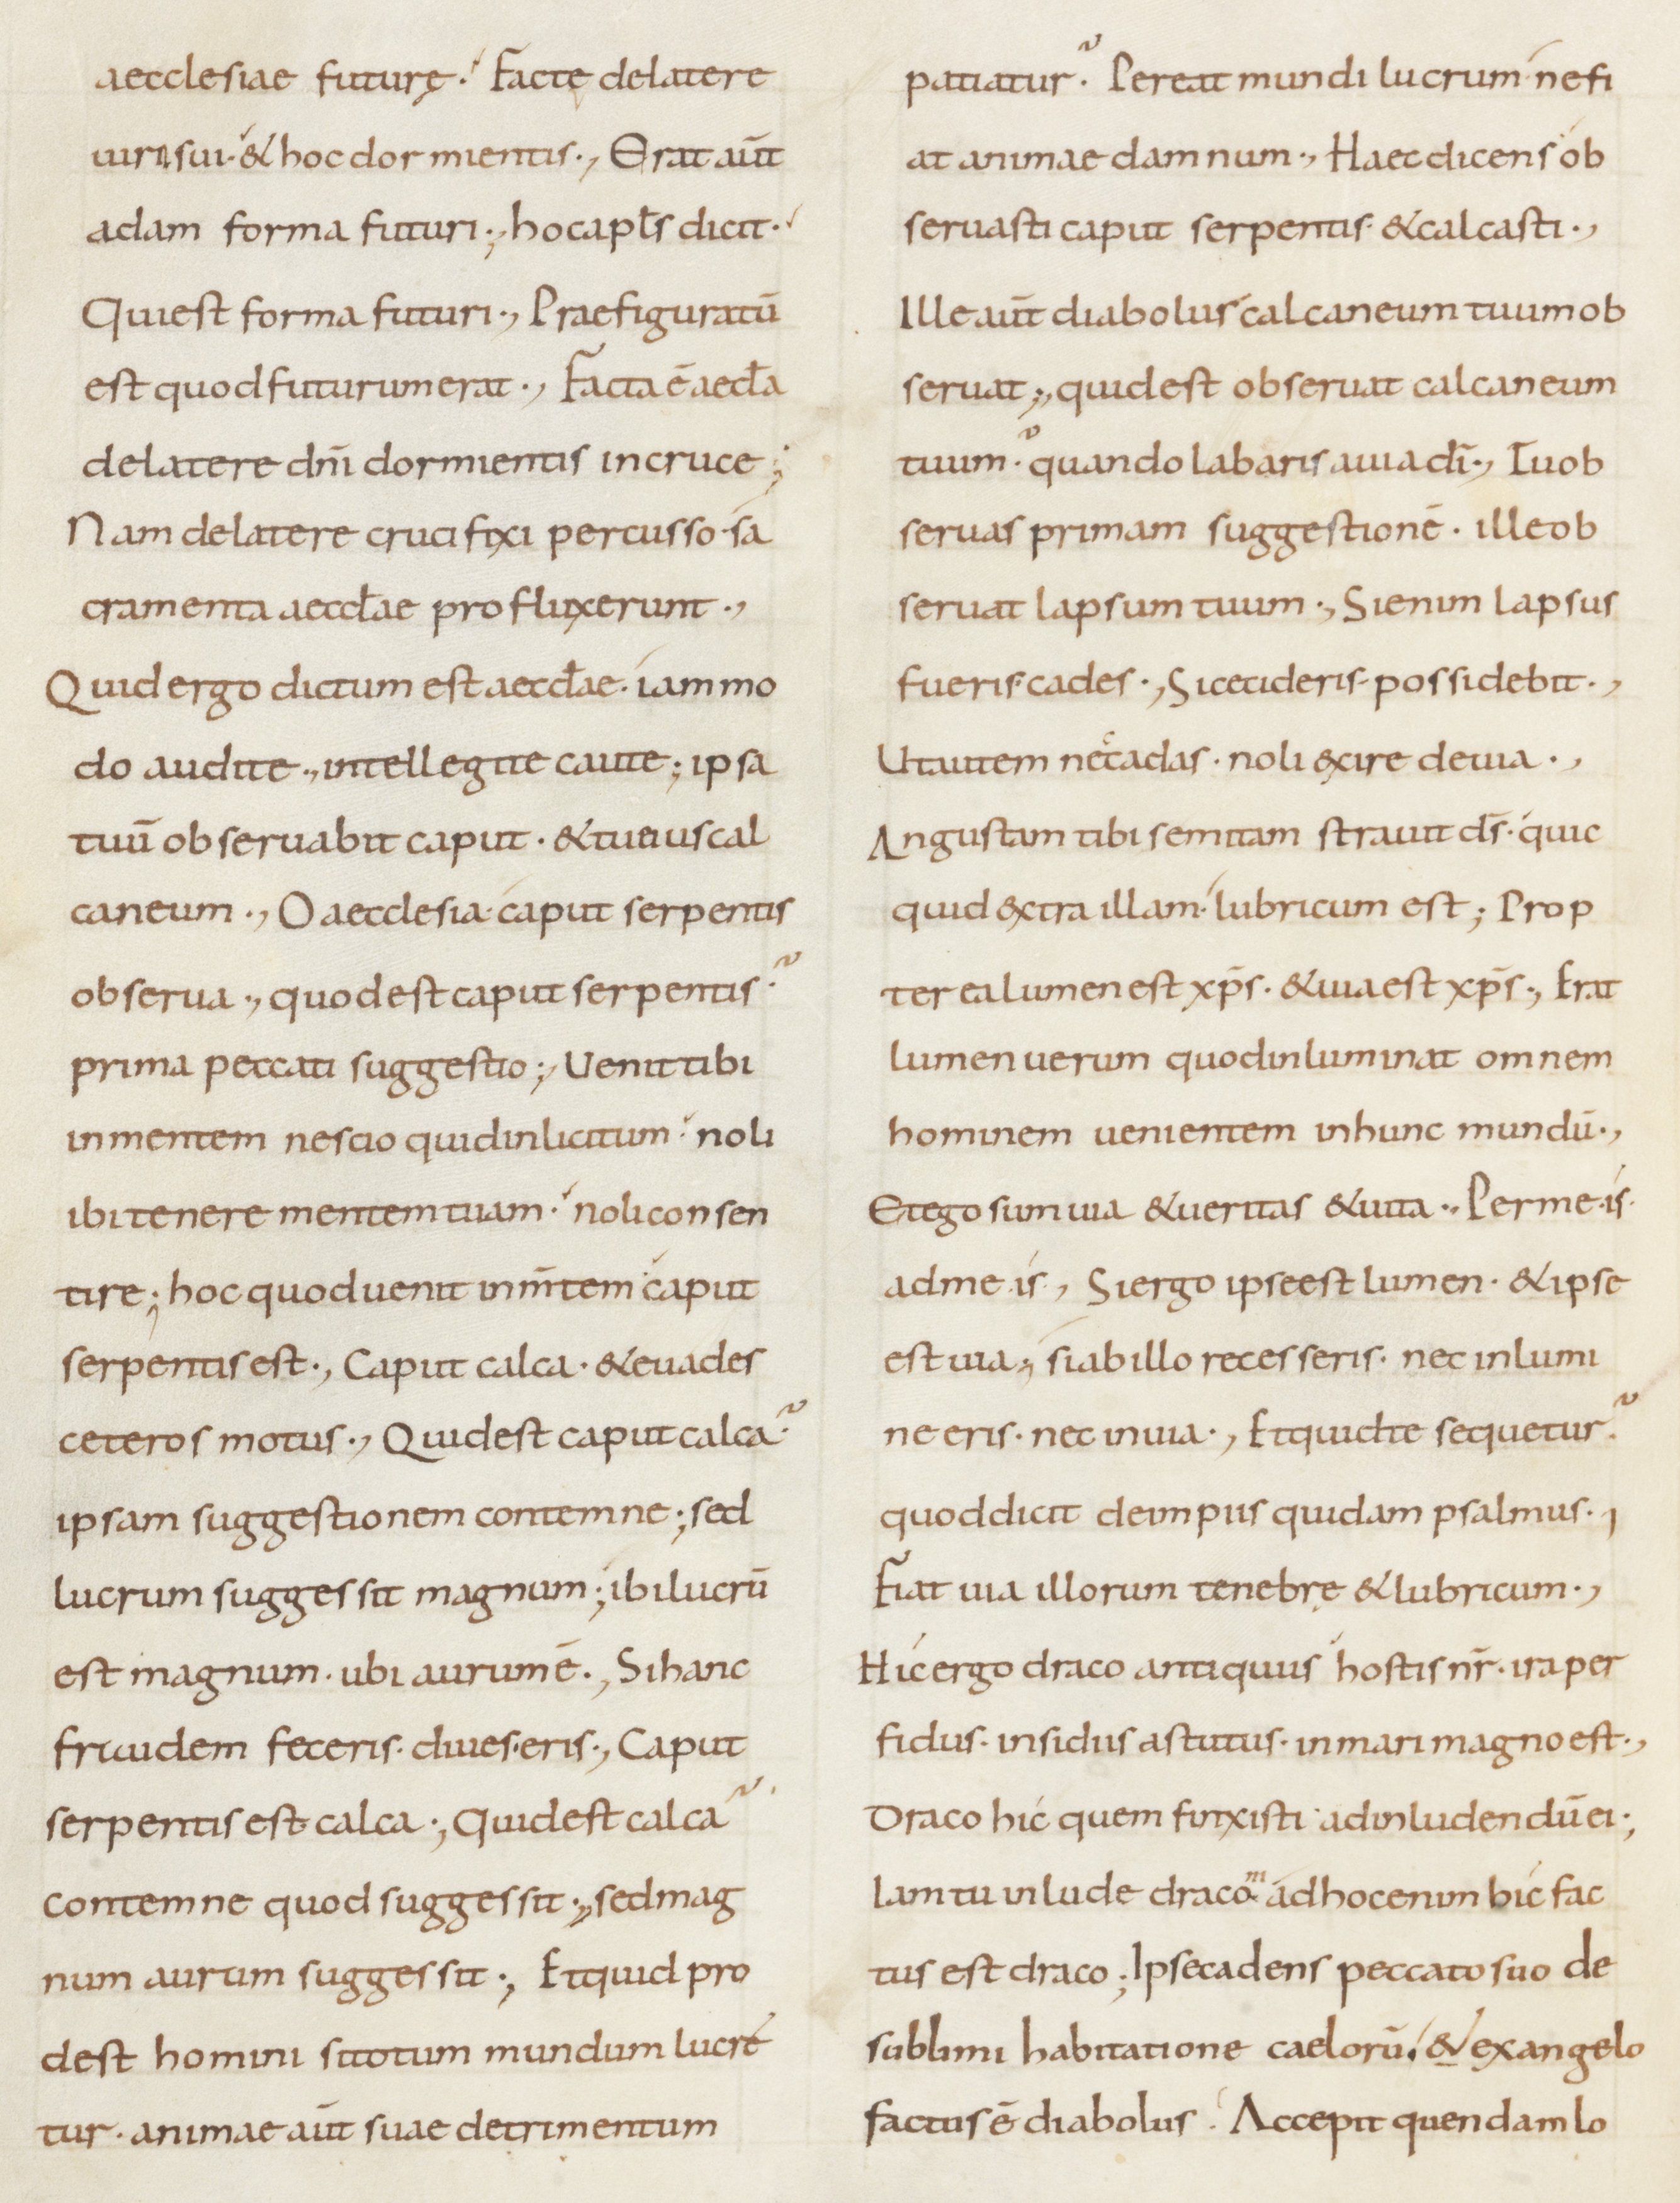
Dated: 800–899